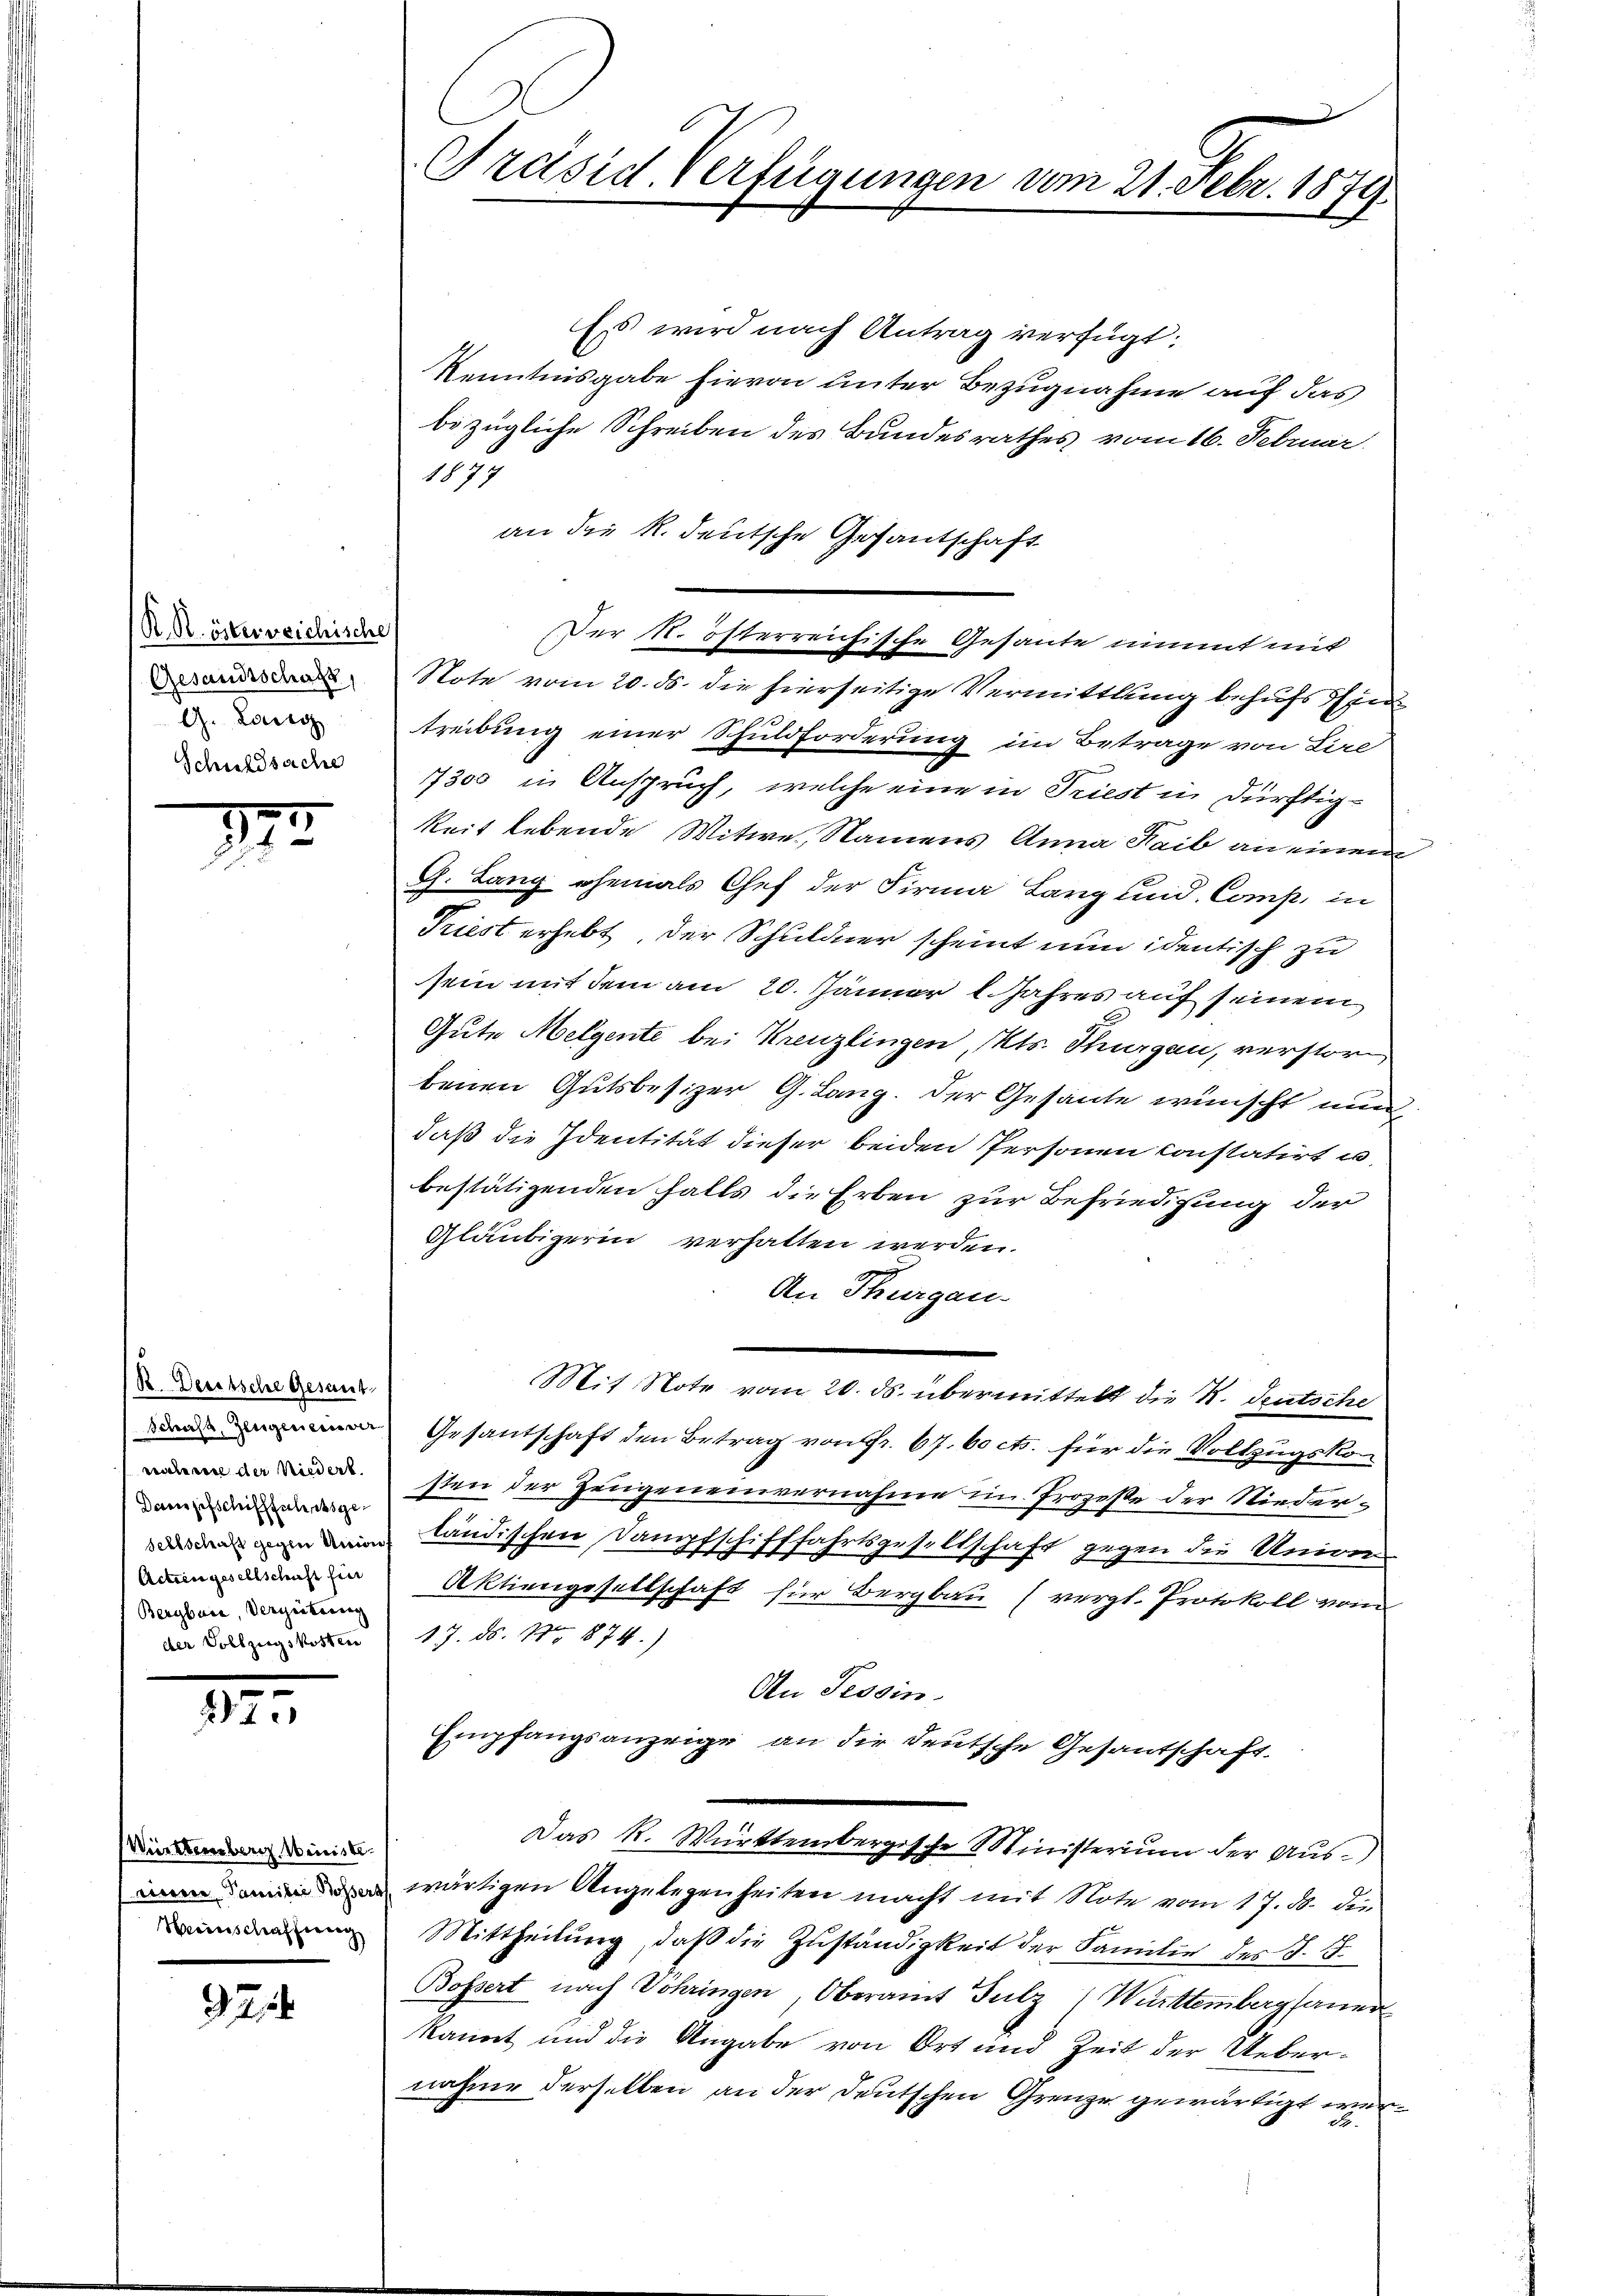
R. R. österreichische
Gesandtschaft,
G. Lang
Schuldsache

7
s

R. Deutsche Gesant.
Schuss, Zeugenen ver
reclarice der Niedert.
Deringeschifffahresgesellschaft gegen Union
Actiengesellschaft für
Bergbaue, Vergütung
der Vollzugskosten

1

Württemberg Ministe
Herinschaffung

97

Präsid. Verfügungen vom 21. Febr. 1879.

Es wird nach Antrag verfügt:
Kenntnisgabe hievon unter Bezugnahme auf das
bezügliche Schreiben des Bundesrathes vom 16. Februar.
1877
an die R. deutsche Gesantschaft
Der N. österreichische Gesante nimmt mit
Note vom 20. ds. die hierseitige Vermittlung behufs Sin
treibung einer Schuldforderung im Betrage von Lie
7300 in Anspruch, welche eine in Triest in dürftigkeit lebende Witwe, Namens Anna Laib an einen
G. Lang ehemals Chef der Firma Lang und Comp. in
Triest erhebt, der Schuldner scheint nun identisch zu
sein mit dem am 20. Jänner 1. Jahres auf seinem
Gute Melgente bei Kreuzlingen, Kts. Thurgau, verstor
benen Gutsbesizer G. Lang. Der Gesante wünscht nun
daß die Identität dieser beiden Personen constatirt u
bestätigenden Falls die Erben zur Befriedigung der
Gläubigerin verhalten werden.
An Thurgau.
Mit Note vom 20. ds. übermittelt die K. Deutsche
Gesantschaft den Betrag von fr. 67. 60 cts. für die Vollzugskosten der Zeugeneinvernahme im Prozeße der Niederländischen Dampfschifffahrtsgesellschaft gegen die Union-
Aktiengesellschaft für Bergbau (vergl. Protokoll vom
17. ds. Bro 1874.)
An Tessin.
Empfangsanzeige an die deutsche Gesantschaft.
Das K. Württembergische Ministerium der Auswärtigen Angelegenheiten macht mit Note vom 17. d. die
Mittheilung, daß die Zuständigkeit der Familie des §. 8.
Bossert nach Vöhringen, Oberamt Sulz, Württembergfauen
kannt und die Angabe von Ort und Zeit der Uebernahme derselben an der deutschen Grenze gewärtigt wür¬